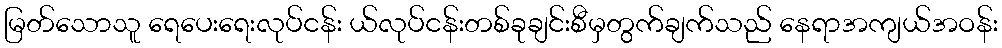
မြတ်သောသူ ရေပေးရေးလုပ်ငန်း ယ်လုပ်ငန်းတစ်ခုချင်းစီမှတွက်ချက်သည် နေရာအကျယ်အဝန်း